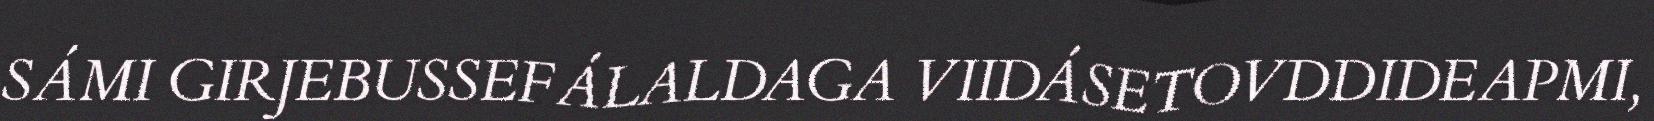
SÁMI GIRJEBUSSEFÁLALDAGA VIIDÁSETOVDDIDEAPMI,